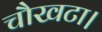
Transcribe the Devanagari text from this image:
चौखटा।